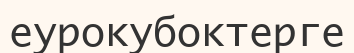
еурокубоктерге